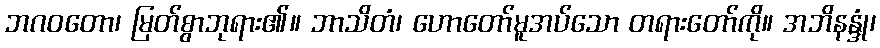
ဘဂဝတော၊ မြတ်စွာဘုရား၏။ ဘာသိတံ၊ ဟောတော်မူအပ်သော တရားတော်ကို။ အဘိနန္ဒုံ၊